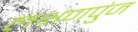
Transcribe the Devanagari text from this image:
लक्षणपुंज